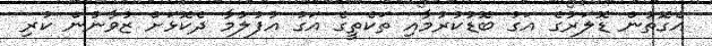
އެގޮތުން ޑޮލަރުގެ އަގު ބޮޑުކުރުމާއި ތަކެތީގެ އަގު އުފުލުމާ ދެކޮޅަށް ޒުވާނުން ކުރި